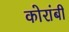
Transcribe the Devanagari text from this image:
कोरांबी